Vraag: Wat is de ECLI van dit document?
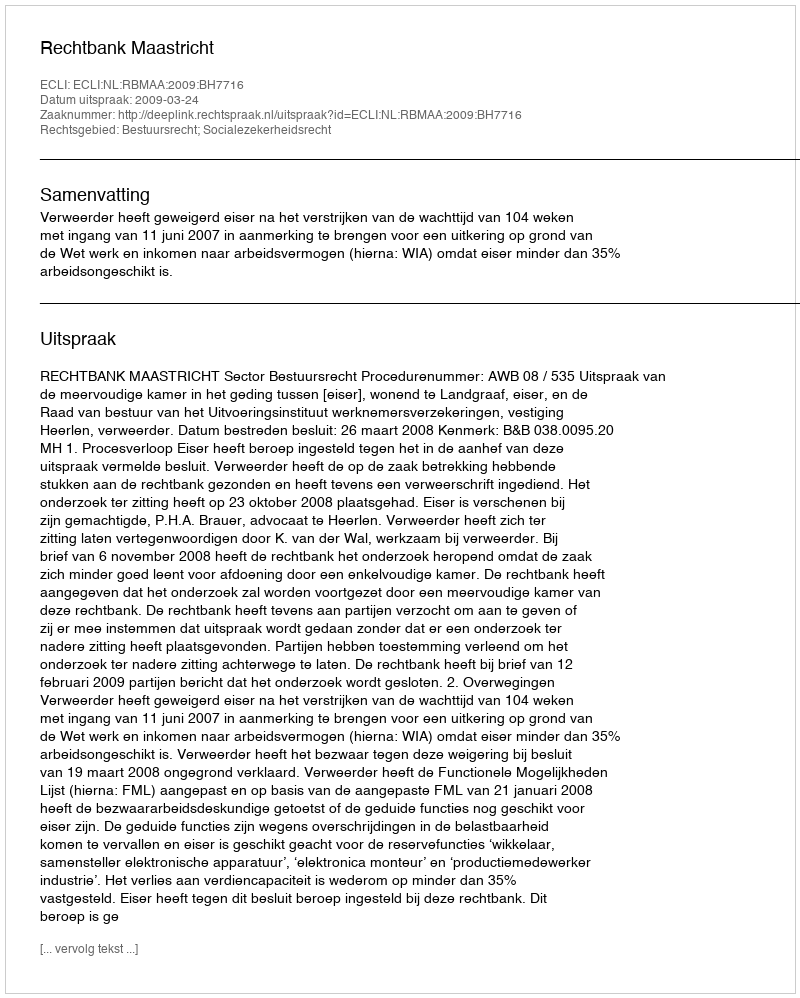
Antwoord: ECLI:NL:RBMAA:2009:BH7716